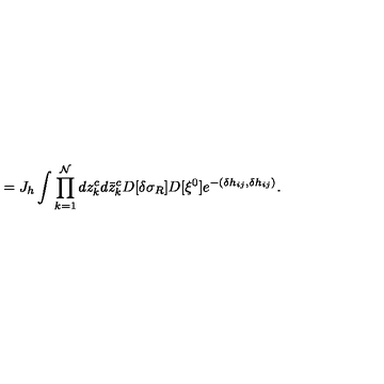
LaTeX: = J _ { h } \int \prod _ { k = 1 } ^ { \cal N } d z _ { k } ^ { c } d \bar { z } _ { k } ^ { c } D [ \delta \sigma _ { R } ] D [ \xi ^ { 0 } ] e ^ { - ( \delta h _ { i j } , \delta h _ { i j } ) } .